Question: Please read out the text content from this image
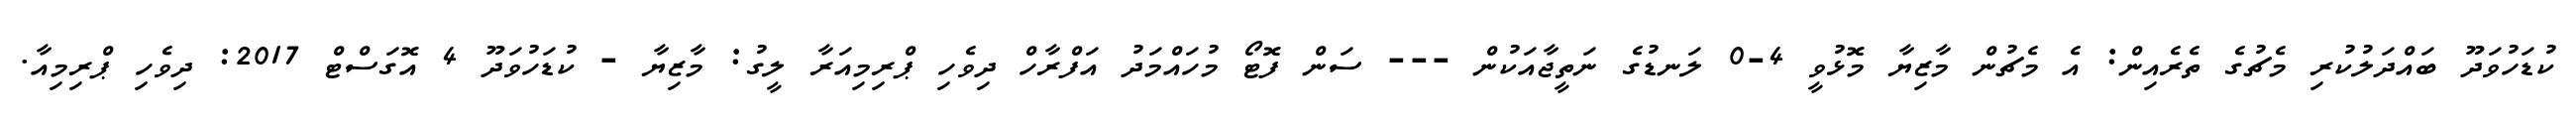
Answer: ކުޑަހުވަދޫ ބައްދަލުކުރި މެޗުގެ ތެރެއިން: އެ މެޗުން މާޒިޔާ މޮޅުވީ 4-0 ލަނޑުގެ ނަތީޖާއަކުން --- ސަން ފޮޓޯ މުހައްމަދު އަފްރާހް ދިވެހި ޕްރިމިއަރާ ލީގު: މާޒިޔާ - ކުޑަހުވަދޫ 4 އޮގަސްޓް 2017: ދިވެހި ޕްރިމިއާ.